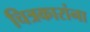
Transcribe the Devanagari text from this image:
चित्रकारांना